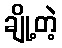
ချို့တဲ့